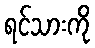
ရင်သားကို